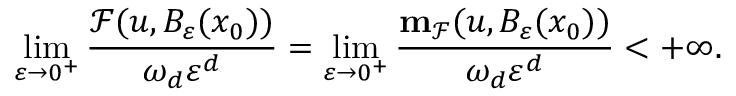
\operatorname* { l i m } _ { \varepsilon \to 0 ^ { + } } \frac { \mathcal { F } ( u , B _ { \varepsilon } ( x _ { 0 } ) ) } { \omega _ { d } \varepsilon ^ { d } } = \operatorname* { l i m } _ { \varepsilon \to 0 ^ { + } } \frac { \mathbf { m } _ { \mathcal { F } } ( u , B _ { \varepsilon } ( x _ { 0 } ) ) } { \omega _ { d } \varepsilon ^ { d } } < + \infty .